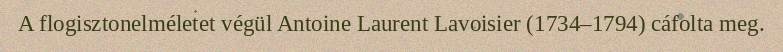
A flogisztonelméletet végül Antoine Laurent Lavoisier (1734–1794) cáfolta meg.